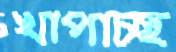
খাপাচ্ছ